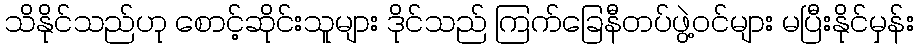
သိနိုင်သည်ဟု စောင့်ဆိုင်းသူများ ဒိုင်သည် ကြက်ခြေနီတပ်ဖွဲ့ဝင်များ မပြီးနိုင်မှန်း